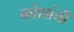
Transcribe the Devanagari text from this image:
कोशांची